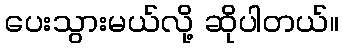
ပေးသွားမယ်လို့ ဆိုပါတယ်။